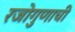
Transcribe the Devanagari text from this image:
रजोगुणाची